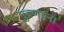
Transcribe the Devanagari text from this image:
मुद्रणाला